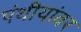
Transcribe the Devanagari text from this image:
पंथीयांवर